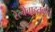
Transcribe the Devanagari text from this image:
रेल्वेवाहतूकीचे